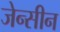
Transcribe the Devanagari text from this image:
जेन्सीन